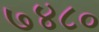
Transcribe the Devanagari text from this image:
७४८०